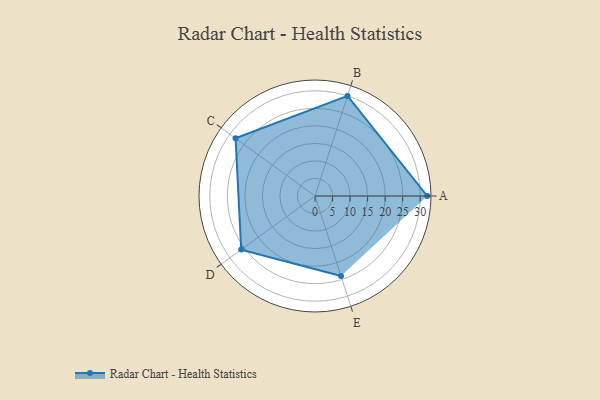
{"axis": {"x": "Skill", "y": "Score"}, "legend": ["Profile"], "data": [{"x": "A", "y": 32.0, "type": "Profile"}, {"x": "B", "y": 30.0, "type": "Profile"}, {"x": "C", "y": 28.0, "type": "Profile"}, {"x": "D", "y": 26.0, "type": "Profile"}, {"x": "E", "y": 24.0, "type": "Profile"}]}